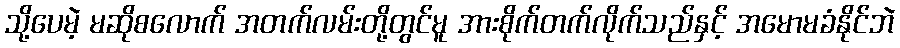
သို့ပေမဲ့ မဆိုစလောက် အတက်လမ်းတို့တွင်မူ အားစိုက်တက်လိုက်သည်နှင့် အမောမခံနိုင်ဘဲ